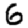
Digit: 6